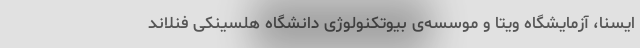
ایسنا، آزمایشگاه ویتا و ‌موسسه‌ی بیوتکنولوژی دانشگاه هلسینکی فنلاند